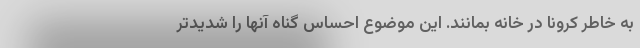
به خاطر کرونا در خانه بمانند. این موضوع احساس گناه آنها را شدیدتر